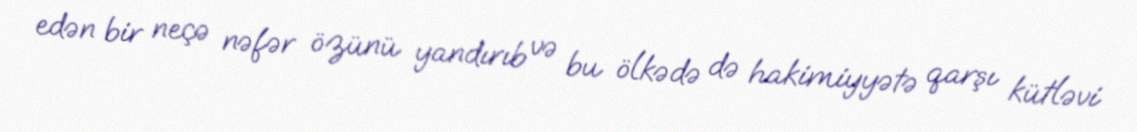
edən bir neçə nəfər özünü yandırıb və bu ölkədə də hakimiyyətə qarşı kütləvi